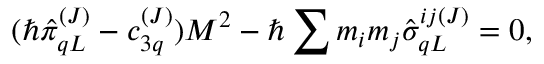
( \hbar \hat { \pi } _ { q L } ^ { ( J ) } - c _ { 3 q } ^ { ( J ) } ) M ^ { 2 } - \hbar \sum m _ { i } m _ { j } \hat { \sigma } _ { q L } ^ { i j ( J ) } = 0 ,